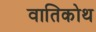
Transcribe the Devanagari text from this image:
वातिकोथ